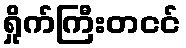
ရှိုက်ကြီးတငင်